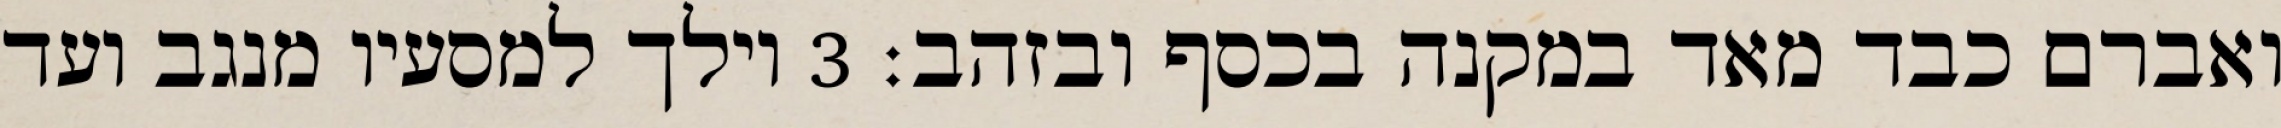
ואברם כבד מאד במקנה בכסף ובזהב׃ ‎3‏ וילך למסעיו מנגב ועד